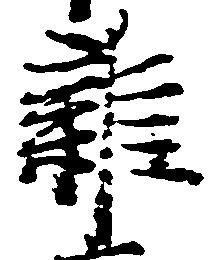
雑